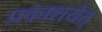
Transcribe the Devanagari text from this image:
प्रकाशयेत्